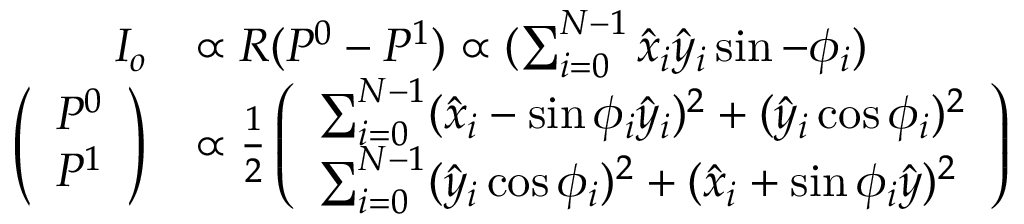
\begin{array} { r l } { I _ { o } } & { \propto R ( P ^ { 0 } - P ^ { 1 } ) \propto ( \sum _ { i = 0 } ^ { N - 1 } \hat { x } _ { i } \hat { y } _ { i } \sin - \phi _ { i } ) } \\ { \left( \begin{array} { l } { P ^ { 0 } } \\ { P ^ { 1 } } \end{array} \right) } & { \propto \frac { 1 } { 2 } \left( \begin{array} { l } { \sum _ { i = 0 } ^ { N - 1 } ( \hat { x } _ { i } - \sin \phi _ { i } \hat { y } _ { i } ) ^ { 2 } + ( \hat { y } _ { i } \cos \phi _ { i } ) ^ { 2 } } \\ { \sum _ { i = 0 } ^ { N - 1 } ( \hat { y } _ { i } \cos \phi _ { i } ) ^ { 2 } + ( \hat { x } _ { i } + \sin \phi _ { i } \hat { y } ) ^ { 2 } } \end{array} \right) } \end{array}